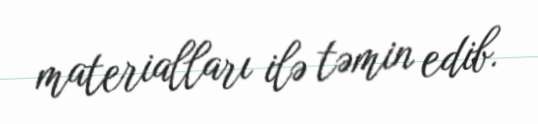
materialları ilə təmin edib.